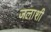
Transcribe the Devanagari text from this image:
जलाशी